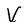
Character: V